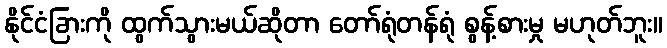
နိုင်ငံခြားကို ထွက်သွားမယ်ဆိုတာ တော်ရုံတန်ရုံ စွန့်စားမှု မဟုတ်ဘူး။